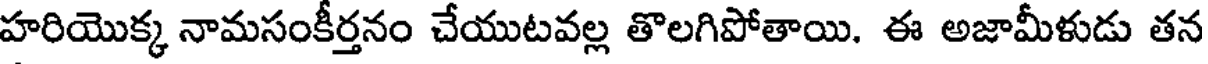
హరియొక్క నామసంకీర్తనం చేయుటవల్ల తొలగిపోతాయి. ఈ అజామీళుడు తన